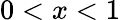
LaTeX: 0<x<1